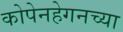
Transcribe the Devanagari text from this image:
कोपेनहेगनच्या